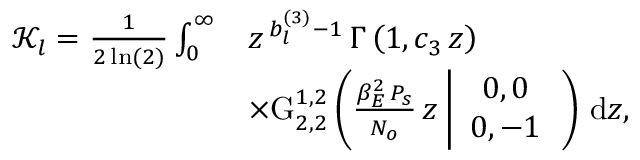
\begin{array} { r l } { \mathcal { K } _ { l } = \frac { 1 } { 2 \ln ( 2 ) } \int _ { 0 } ^ { \infty } } & { z ^ { \, b _ { l } ^ { ( 3 ) } - 1 } \, \Gamma \left( 1 , c _ { 3 } \, z \right) \, } \\ & { \times \mathrm { G } _ { 2 , 2 } ^ { 1 , 2 } \left( \frac { \beta _ { E } ^ { 2 } \, P _ { s } } { N _ { o } } \, z \left| \begin{array} { c } { 0 , 0 } \\ { 0 , - 1 } \end{array} \right. \right) \, \mathrm { d } z , } \end{array}